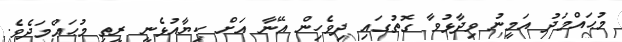
މުޙައްމަދު އަމީނު ވިދާޅުވާ ގޮތުގައި ދިވެހިން އޭނާ އަށް ކިޔާއުޅެނީ ރީތި މުޙައްމަދެވެ.